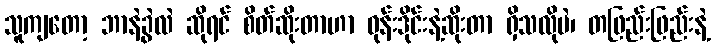
သူကျတော့ ဘာနဲ့ခွဲလဲ ဆိုရင် စိတ်ဆိုးတာဟာ ဝုန်းဒိုင်းနဲ့ဆိုးတာ ရှိသလိုပဲ၊ တဖြည်းဖြည်းနဲ့